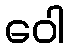
ဝေါ